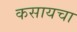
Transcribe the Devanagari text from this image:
कसायचा